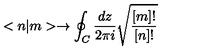
< n | m > \rightarrow \oint _ { C } \frac { d z } { 2 \pi i } \sqrt { \frac { [ m ] ! } { [ n ] ! } }